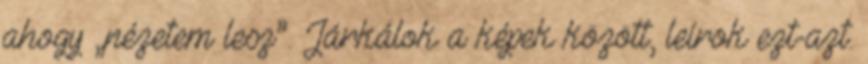
ahogy „nézetem lesz”. Járkálok a képek között, leírok ezt-azt.